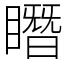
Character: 䁮